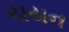
ચયન